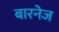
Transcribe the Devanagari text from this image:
बारनेज